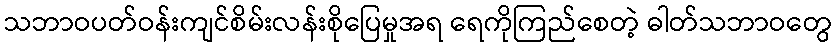
သဘာဝပတ်ဝန်းကျင်စိမ်းလန်းစိုပြေမှုအရ ရေကိုကြည်စေတဲ့ ဓါတ်သဘာဝတွေ